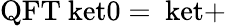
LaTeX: \mathrm{{QFT}\ ket{0}=\ ket{+}}